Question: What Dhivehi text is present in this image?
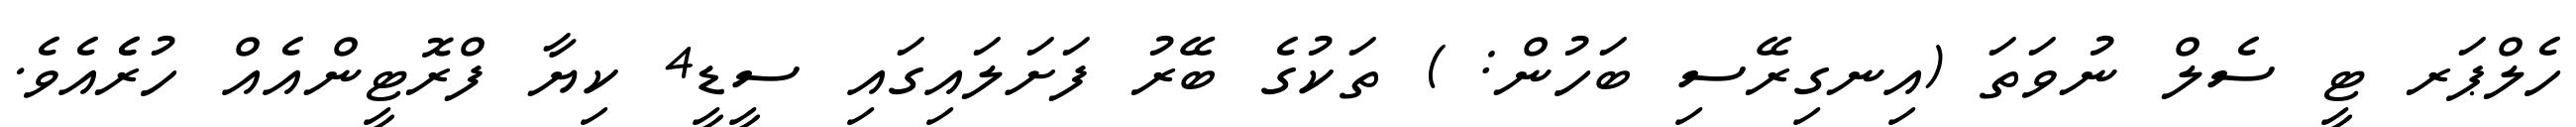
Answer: ހެލްޕަރ ޓީ ސެލް ނުވަތަ (އިނގިރޭސި ބަހުން: ) ތަކުގެ ބޭރު ފަށަލައިގައި ސީޑީ4 ކިޔާ ފްރޮޓީންއެއް ހުރެެއެވެ.